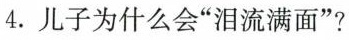
4.儿子为什么会”泪流满面”?